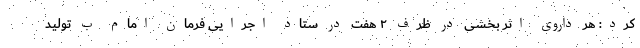
کرد: هر داروی اثر بخشی در ظرف ۲ هفت در ستاد اجرایی فرمان امام ب تولید